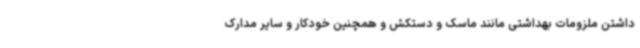
داشتن ملزومات بهداشتی مانند ماسک و دستکش و همچنین خودکار و سایر مدارک